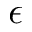
\epsilon